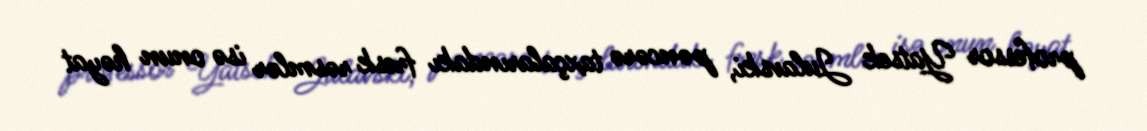
professor Yatsek Julavski, pəncərə taxçalarındakı fresk rəsmlər isə onun həyat